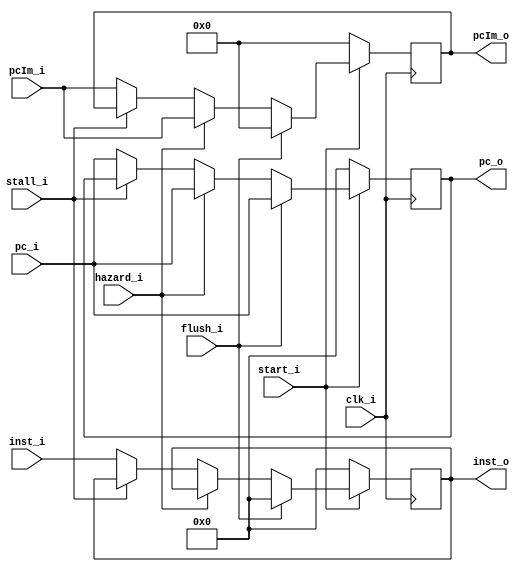
module IF_ID
(
	clk_i,
	start_i,
	stall_i,
	pc_i,
	inst_i,
	hazard_i,
	flush_i,
	pcIm_i,
	pcIm_o,
	pc_o,
	inst_o,
);

input	clk_i, hazard_i, flush_i, start_i, stall_i;
input	[31:0]	inst_i, pc_i;
input 	[11:0]	pcIm_i;
output 	[11:0]	pcIm_o;
output	[31:0]	pc_o, inst_o;

reg [31:0]	pc_o, inst_o;
reg [11:0] 	pcIm_o;

always@(posedge clk_i) begin
	if(~start_i) begin
		pc_o <= 32'b0;
		inst_o <= 32'b0;
		pcIm_o <= 12'b0;
	end
	else if(flush_i) begin
		pc_o <= pc_i;
		inst_o <= 32'b0;
		pcIm_o <= 12'b0;
	end
	else if(hazard_i) begin
		pc_o <= pc_i;
		inst_o <= inst_o;
		pcIm_o <= pcIm_i;
	end
	else if (stall_i != 1) begin
		pc_o <= pc_i;
		inst_o <= inst_i;
		pcIm_o <= pcIm_i;
	end
end

endmodule